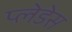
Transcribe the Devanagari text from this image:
प्लेडेस